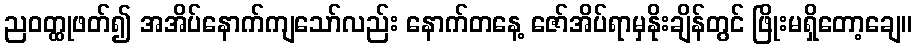
ညဝတ္ထုဖတ်၍ အအိပ်နောက်ကျသော်လည်း နောက်တနေ့ ဇော်အိပ်ရာမှနိုးချိန်တွင် ဖြိုးမရှိတော့ချေ။